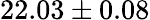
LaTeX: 22.03\pm 0.08